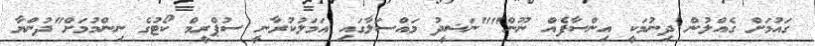
ގައުމަށް ގެއްލުން ދިނުމަކީ އިންސާފެއް ނޫން""ނަޝީދު މައްސަލާގައި އަމަލުކުރާނީ ސުޕްރީމް ކޯޓުގެ ނިންމުމަށް"ދުންޔާ